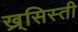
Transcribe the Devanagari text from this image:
ख्र्सिस्ती